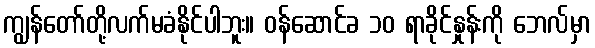
ကျွန်တော်တို့လက်မခံနိုင်ပါဘူး။ ဝန်ဆောင်ခ ၁၀ ရာခိုင်နှုန်းကို ဘေလ်မှာ